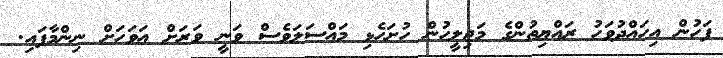
ފަހުން އިހައްދުވަހު ރައްޔިތުންގެ މަޖިލީހުން ހުށަހެޅި މައްސަލަވެސް ވަނީ ވަރަށް އަވަހަށް ނިންމާފައި.